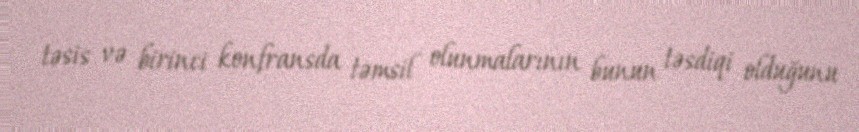
təsis və birinci konfransda təmsil olunmalarının bunun təsdiqi olduğunu